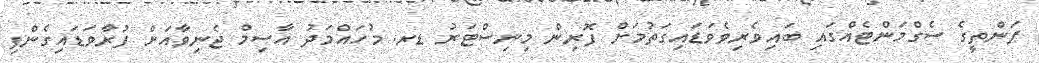
ފަންތީގެ ސެގްމަންޓެއްގައި ބައިވެރިވެވަޑައިގަތުމަށް ފޮރިން މިނިސްޓަރު ޑރ. މުހައްމަދު އާސިމް ޖެނިވާއަށް ފުރާވަޑައިގެންފި